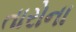
તારોના